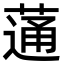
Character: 蓪